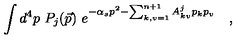
\int d ^ { 4 } p \ P _ { j } ( \vec { p } ) \ e ^ { - \alpha _ { s } p ^ { 2 } - \sum _ { k , v = 1 } ^ { n + 1 } A _ { k v } ^ { j } p _ { k } p _ { v } } \quad ,